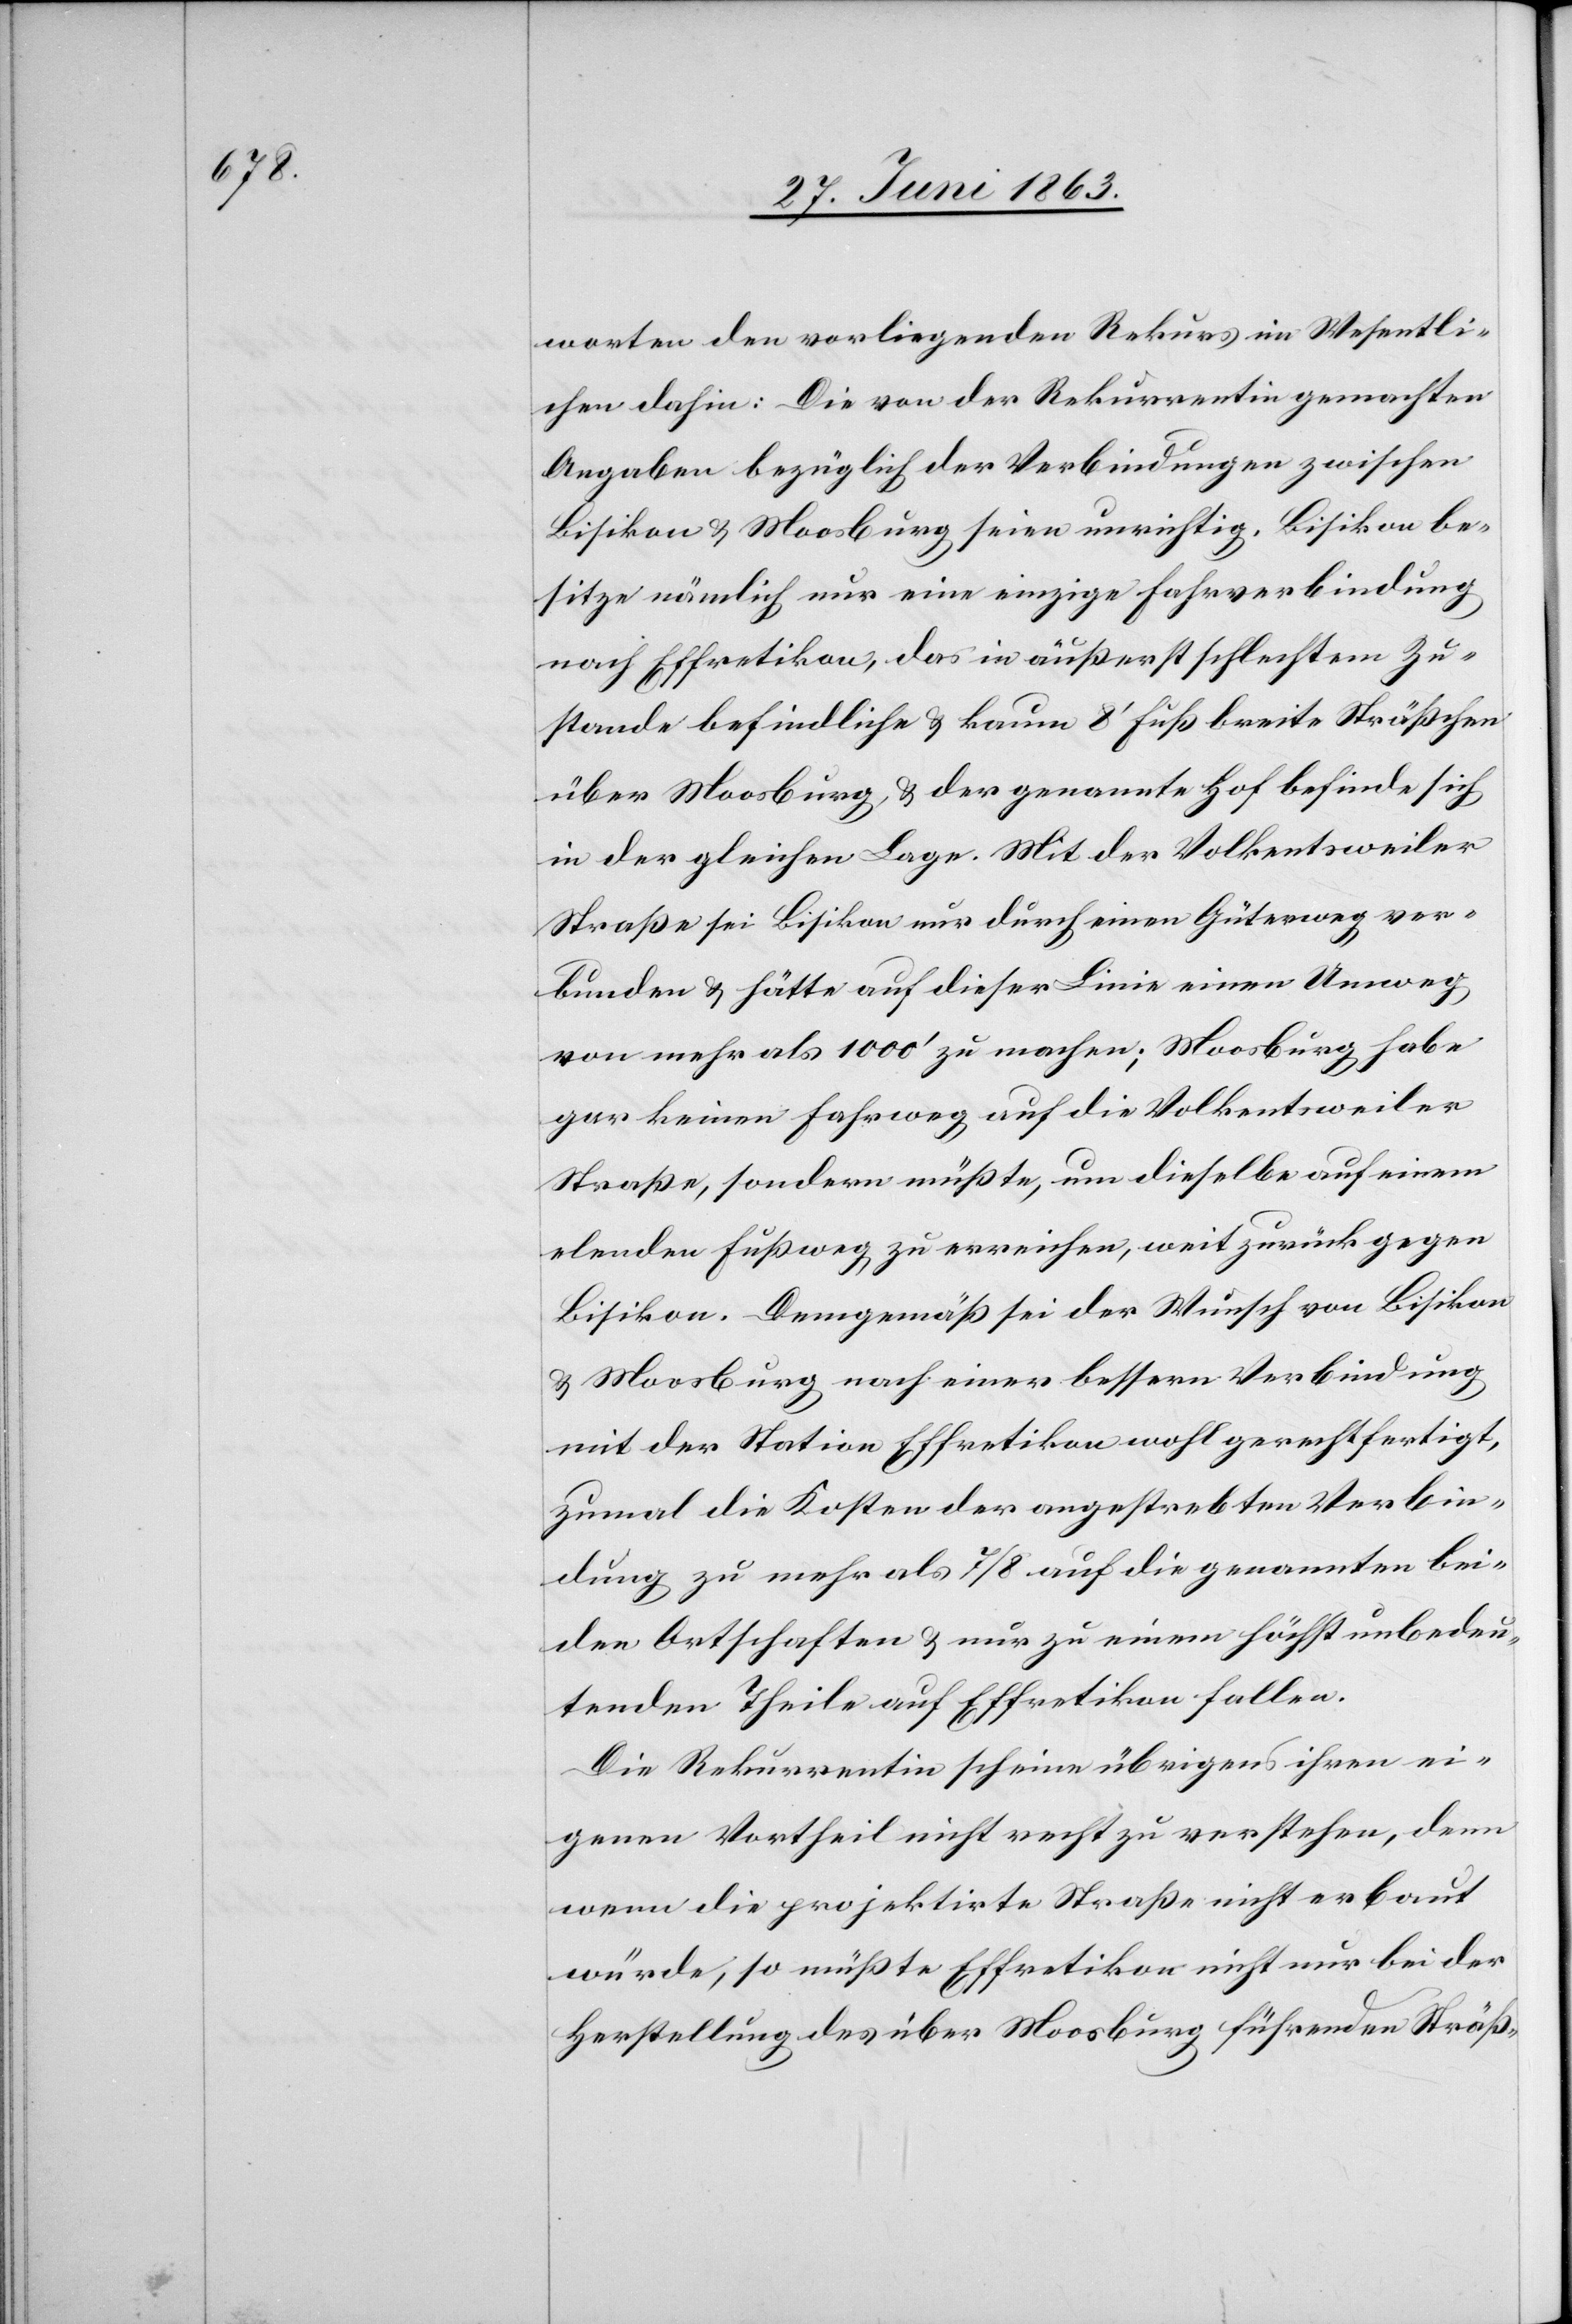
worten den vorliegenden Rekurs im Wesentli¬
chen dahin: Die von der Rekurrentin gemachten
Angaben bezüglich der Verbindungen zwischen
Bisikon & Moosburg seien unrichtig. Bisikon be¬
sitze nämlich nur eine einzige Fahrverbindung
nach Effretikon, das in äußerst schlechtem Zu¬
stande befindliche & kaum 8' Fuß [sic!] breite Sträßchen
über Moosburg, & der genannte Hof befinde sich
in der gleichen Lage. Mit der Volkentsweiler
Straße sei Bisikon nur durch einen Güterweg ver¬
bunden & hätte auf dieser Linie einen Umweg
von mehr als 1000' zu machen; Moosburg habe
gar keinen Fahrweg auf die Volkentsweiler
Straße, sondern müßte, um dieselbe auf einem
elenden Fußweg zu erreichen, weit zurück gegen
Bisikon. Demgemäß sei der Wunsch von Bisikon
& Moosburg nach einer bessern Verbindung
mit der Station Effretikon wohl gerechtfertigt,
zumal die Kosten der angestrebten Verbin¬
dung zu mehr als 7/8 auf die genannten bei¬
den Ortschaften & nur zu einem höchst unbedeu¬
tenden Theile auf Effretikon fallen.
Die Rekurrentin scheine übrigens ihren ei¬
genen Vortheil nicht recht zu verstehen, denn
wenn die projektirte Straße nicht erbaut
würde, so müßte Effretikon nicht nur bei der
Herstellung des über Moosburg führenden Sträß-